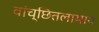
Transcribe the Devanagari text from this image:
वांच्छितलाभाय